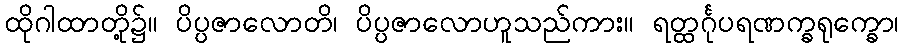
ထိုဂါထာတို့၌။ ပိပ္ပဇာလောတိ၊ ပိပ္ပဇာလောဟူသည်ကား။ ရတ္ထင်္ဂုပရဏက္ခရုက္ခော၊